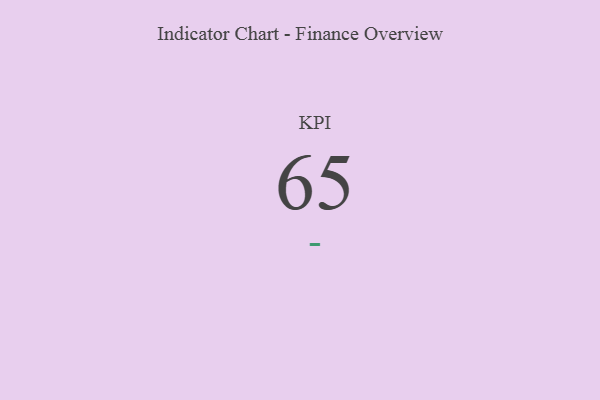
{"axis": {"x": "KPI", "y": "Value"}, "legend": [""], "data": [{"x": "KPI", "y": 65, "type": ""}]}